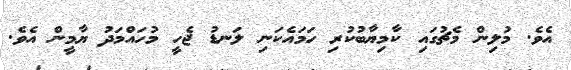
އެވެ. މުލިން މެޗުގައި ކާމިޔާބުކުރި ހަމައެކަނި ލަނޑު ޖެހީ މުހައްމަދު ޔާމީން އެވެ.